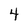
Character: 4